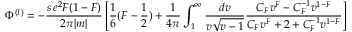
{ \Phi } ^ { ( I ) } = - \frac { s \, e ^ { 2 } F ( 1 - F ) } { 2 \pi | m | } \left[ \frac { 1 } { 6 } ( F - \frac { 1 } { 2 } ) + \frac { 1 } { 4 \pi } \int _ { 1 } ^ { \infty } \frac { d v } { v { \sqrt { v - 1 } } } \frac { C _ { F } v ^ { F } - C _ { F } ^ { - 1 } v ^ { 1 - F } } { C _ { F } v ^ { F } + 2 + C _ { F } ^ { - 1 } v ^ { 1 - F } } \right]